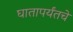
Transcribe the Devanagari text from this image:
घातापर्यंतचे